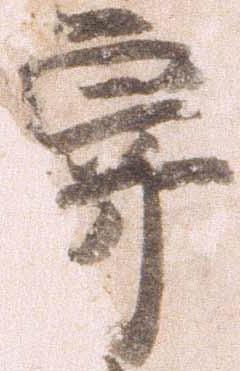
寄